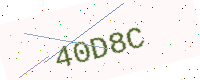
Text: 40D8C